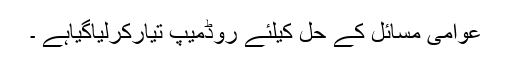
عوامی مسائل کے حل کیلئے روڈمیپ تیارکرلیاگیاہے ۔